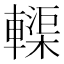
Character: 𫐀